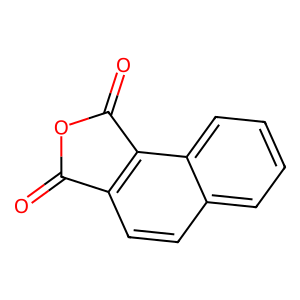
SMILES: O=C1OC(=O)c2c1ccc1ccccc21
Inhibits HIV replication: No